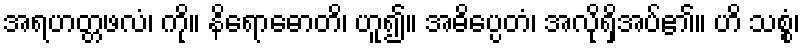
အရဟတ္တဖလံ၊ ကို။ နိရောဓောတိ၊ ဟူ၍။ အဓိပ္ပေတံ၊ အလိုရှိအပ်၏။ ဟိ သစ္စံ၊